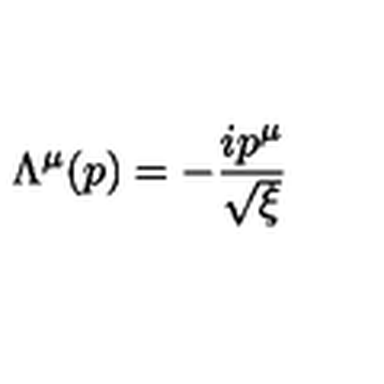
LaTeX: \Lambda ^ { \mu } ( p ) = - { \frac { i p ^ { \mu } } { \sqrt { \xi } } }